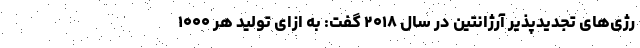
رژی‌های تجدیدپذیر آرژانتین در سال ۲۰۱۸ گفت: به ازای تولید هر ۱۰۰۰